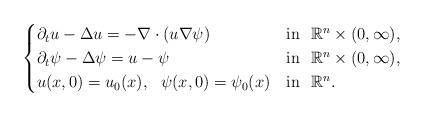
LaTeX: \begin{align*}\begin{cases} \partial_{t}u-\Delta u=-\nabla\cdot(u\nabla \psi) &\mbox{in}\ \ \mathbb{R}^n\times(0,\infty),\\ \partial_{t}\psi-\Delta \psi=u-\psi &\mbox{in}\ \ \mathbb{R}^n\times(0,\infty),\\ u(x,0)=u_0(x), \ \ \psi(x,0) =\psi_{0}(x) &\mbox{in}\ \ \mathbb{R}^n.\end{cases}\end{align*}